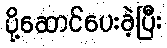
ပို့ဆောင်ပေးခဲ့ပြီး